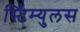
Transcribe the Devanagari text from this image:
स्टिम्युलस